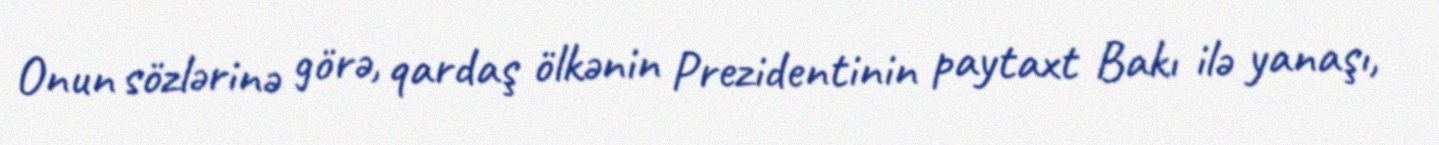
Onun sözlərinə görə, qardaş ölkənin Prezidentinin paytaxt Bakı ilə yanaşı,